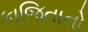
કાજિતાનો